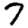
Digit: 7